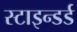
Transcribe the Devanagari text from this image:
स्टाइन्डर्ड